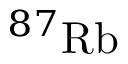
^ { 8 7 } \mathrm { R b }